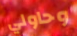
وحاولي